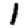
Digit: 1